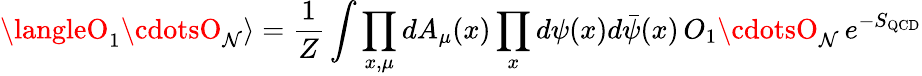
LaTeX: \langleO_{1}\cdotsO_{\mathcal{N}}\rangle=\frac{{1}}{{Z}}\int\prod_{x,\mu}dA_{\mu}(x)\prod_{x}d\psi(x)d\bar{{\psi}}(x)\, O_{1}\cdotsO_{\mathcal{N}}\, e^{-S_{\mathrm{{QCD}}}}